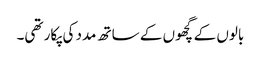
بالوں کے گچھوں کے ساتھ مدد کی پکار تھی۔